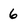
Character: 6